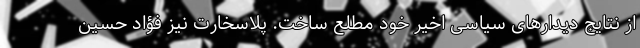
از نتایج دیدارهای سیاسی اخیر خود مطلع ساخت. پلاسخارت نیز فؤاد حسین